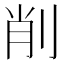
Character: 削